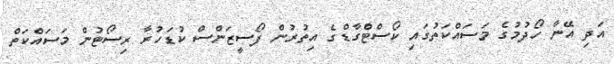
އަދި އޭނާ ހޯދުމުގެ މަސައްކަތުގައި ކޯސްޓްގާޑްގެ އިތުރުން ފޯސީޒަންސް ކުޑަހުރާ ރިސޯޓުން މަސައްކަތް